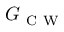
G _ { \mathrm { ~ C ~ W ~ } }